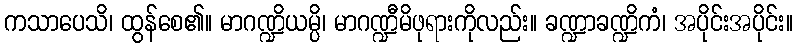
ကသာပေသိ၊ ထွန်စေ၏။ မာဂဏ္ဍိယမ္ပိ၊ မာဂဏ္ဍီမိဖုရားကိုလည်း။ ခဏ္ဍာခဏ္ဍိကံ၊ အပိုင်းအပိုင်း။